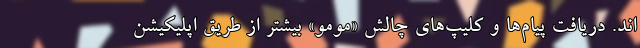
اند. دریافت پیام‌ها و کلیپ‌های چالش «مومو» بیشتر از طریق اپلیکیشن